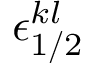
\epsilon _ { 1 / 2 } ^ { k l }